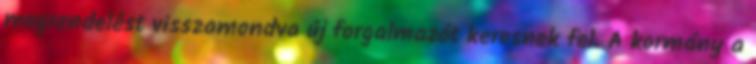
megrendelést visszamondva új forgalmazót keresnek fel. A kormány a